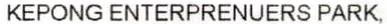
KEPONG ENTERPRENUERS PARK,